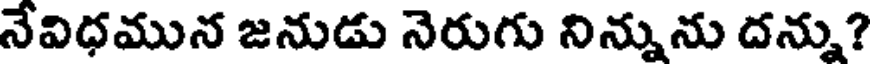
నేవిధమున జనుడు నెరుగు నిన్నును దన్ను?